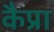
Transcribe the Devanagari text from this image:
कैप्रा